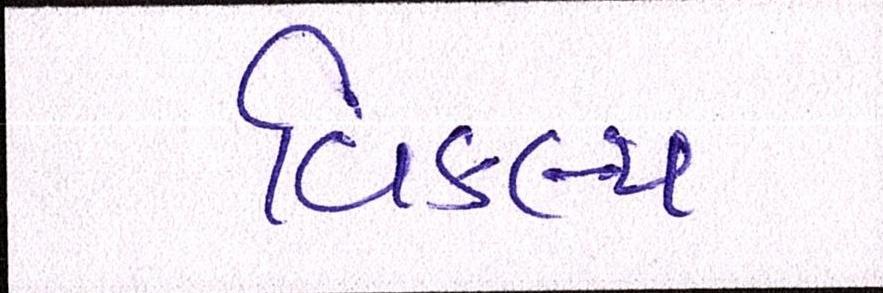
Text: વિકલ્પ